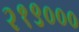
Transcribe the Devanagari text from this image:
२१९०००